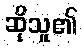
ဆိုသူ၏